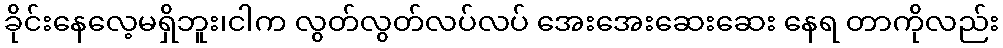
ခိုင်းနေလေ့မရှိဘူး၊ငါက လွတ်လွတ်လပ်လပ် အေးအေးဆေးဆေး နေရ တာကိုလည်း